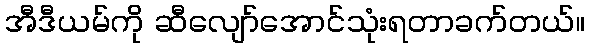
အီဒီယမ်ကို ဆီလျော်အောင်သုံးရတာခက်တယ်။